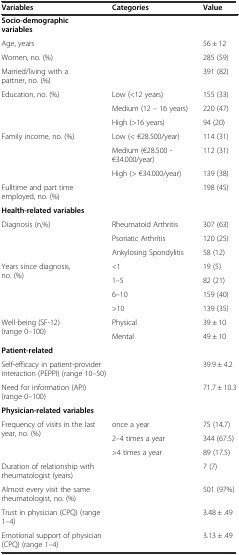
<table><thead><tr><td><b>Variables</b></td><td><b>Categories</b></td><td><b>Value</b></td></tr></thead><tbody><tr><td><b>Socio-demographic variables</b></td><td></td><td></td></tr><tr><td>Age, years</td><td></td><td>56 ± 12</td></tr><tr><td>Women, no. (%)</td><td></td><td>285 (59)</td></tr><tr><td>Married/living with a partner, no. (%)</td><td></td><td>391 (82)</td></tr><tr><td rowspan="3">Education, no. (%)</td><td>Low (&lt;12 years)</td><td>155 (33)</td></tr><tr><td>Medium (12 – 16 years)</td><td>220 (47)</td></tr><tr><td>High (&gt;16 years)</td><td>94 (20)</td></tr><tr><td rowspan="3">Family income, no. (%)</td><td>Low (&lt; €28.500/year)</td><td>114 (31)</td></tr><tr><td>Medium (€28.500 - €34.000/year)</td><td>112 (31)</td></tr><tr><td>High (&gt; €34.000/year)</td><td>139 (38)</td></tr><tr><td>Fulltime and part time employed, no. (%)</td><td></td><td>198 (45)</td></tr><tr><td><b>Health-related variables</b></td><td></td><td></td></tr><tr><td rowspan="3">Diagnosis (n,%)</td><td>Rheumatoid Arthritis</td><td>307 (63)</td></tr><tr><td>Psoriatic Arthritis</td><td>120 (25)</td></tr><tr><td>Ankylosing Spondylitis</td><td>58 (12)</td></tr><tr><td rowspan="4">Years since diagnosis, no. (%)</td><td>&lt;1</td><td>19 (5)</td></tr><tr><td>1–5</td><td>82 (21)</td></tr><tr><td>6–10</td><td>159 (40)</td></tr><tr><td>&gt;10</td><td>139 (35)</td></tr><tr><td rowspan="2">Well-being (SF-12) (range 0–100)</td><td>Physical</td><td>39 ± 10</td></tr><tr><td>Mental</td><td>49 ± 10</td></tr><tr><td><b>Patient-related</b></td><td></td><td></td></tr><tr><td>Self-efficacy in patient-provider interaction (PEPPI) (range 10–50)</td><td></td><td>39.9 ± 4.2</td></tr><tr><td>Need for information (API) (range 0–100)</td><td></td><td>71.7 ± 10.3</td></tr><tr><td><b>Physician-related variables</b></td><td></td><td></td></tr><tr><td rowspan="3">Frequency of visits in the last year, no. (%)</td><td>once a year</td><td>75 (14.7)</td></tr><tr><td>2–4 times a year</td><td>344 (67.5)</td></tr><tr><td>&gt;4 times a year</td><td>89 (17.5)</td></tr><tr><td>Duration of relationship with rheumatologist (years)</td><td></td><td>7 (7)</td></tr><tr><td>Almost every visit the same rheumatologist, no. (%)</td><td></td><td>501 (97%)</td></tr><tr><td>Trust in physician (CPQ) (range 1–4)</td><td></td><td>3.48 ± .49</td></tr><tr><td>Emotional support of physician (CPQ) (range 1–4)</td><td></td><td>3.13 ± .49</td></tr></tbody></table>